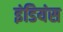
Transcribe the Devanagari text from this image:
इंडियंस